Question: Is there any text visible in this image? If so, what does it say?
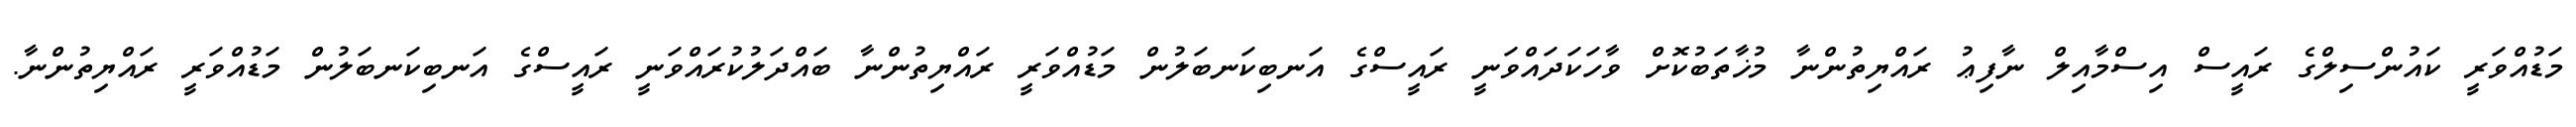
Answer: މަޑުއްވަރީ ކައުންސިލްގެ ރައީސް އިސްމާއިލް ނާފިޢު ރައްޔިތުންނާ މުޚާތަބުކޮށް ވާހަކަދައްވަނީ ރައީސްގެ އަނބިކަނބަލުން މަޑުއްވަރީ ރައްޔިތުންނާ ބައްދަލުކުރައްވަނީ ރައީސްގެ އަނބިކަނބަލުން މަޑުއްވަރީ ރައްޔިތުންނާ.